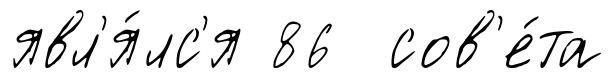
явл'я́лс'я 86 сов'е́та